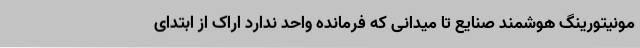
مونیتورینگ هوشمند صنایع تا میدانی که فرمانده واحد ندارد اراک از ابتدای